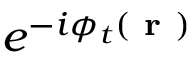
e ^ { - i \phi _ { t } ( \textbf { r } ) }